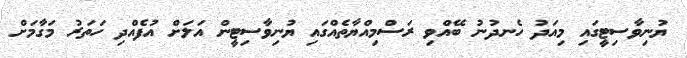
ޔުނިވާސިޓީގައި މިއަދު ހެނދުނު ބޭއްވި ރަސްމިއްޔާތެއްގައި ޔުނިވާސިޓީން އަލަށް އުފެއްދި ހަތަރު މަގާމަށް